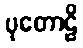
ပုတောဠိ